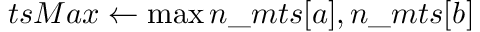
t s M a x \gets \operatorname* { m a x } { n \_ m t s [ a ] , n \_ m t s [ b ] }